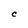
Character: C